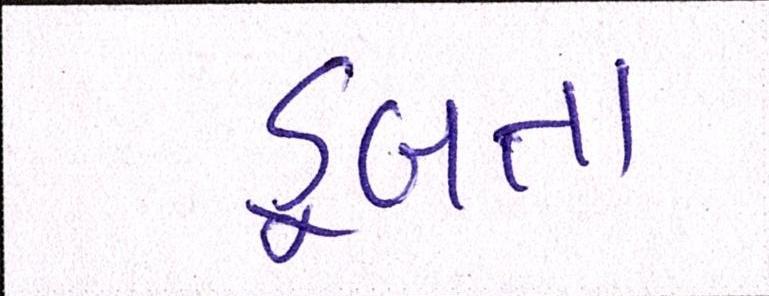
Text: ડૂબતા